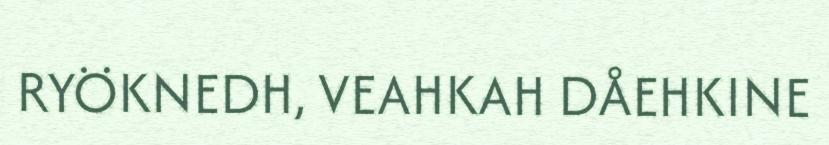
RYÖKNEDH, VEAHKAH DÅEHKINE